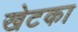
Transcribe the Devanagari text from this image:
खेटका